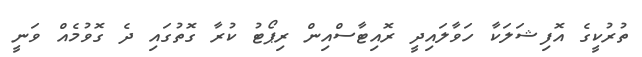
ތުރުކީގެ އޮފިޝަލަކާ ހަވާލައިދީ ރޮއިޓާސްއިން ރިޕޯޓު ކުރާ ގޮތުގައި ދެ ގޮވުމެއް ވަނީ